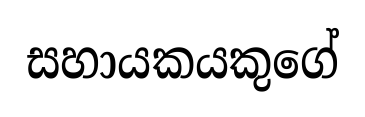
සහායකයකුගේ